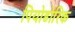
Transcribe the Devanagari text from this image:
पियोडोरिक